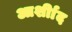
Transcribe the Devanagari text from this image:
आर्शीाद